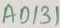
Text: AD131